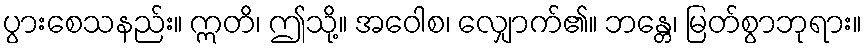
ပွားစေသနည်း။ ဣတိ၊ ဤသို့။ အဝေါစ၊ လျှောက်၏။ ဘန္တေ၊ မြတ်စွာဘုရား။